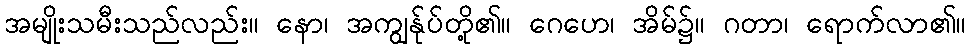
အမျိုးသမီးသည်လည်း။ နော၊ အကျွန်ုပ်တို့၏။ ဂေဟေ၊ အိမ်၌။ ဂတာ၊ ရောက်လာ၏။